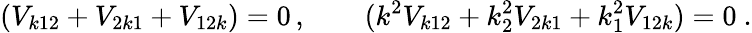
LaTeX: (V_{k12}+V_{2k1}+V_{12k})=0\, ,\qquad(k^{2}V_{k12}+k_{2}^{2}V_{2k1}+k_{1}^{2}V_{12k})=0\ .